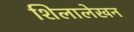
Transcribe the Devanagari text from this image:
शिलालेखन